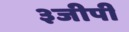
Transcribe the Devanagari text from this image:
३जीपी